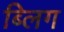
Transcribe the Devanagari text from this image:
ब्लिग